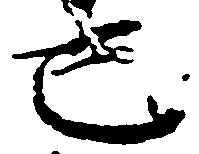
也